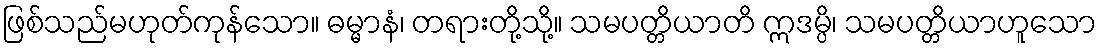
ဖြစ်သည်မဟုတ်ကုန်သော။ ဓမ္မာနံ၊ တရားတို့သို့။ သမပတ္တိယာတိ ဣဒမ္ပိ၊ သမပတ္တိယာဟူသော